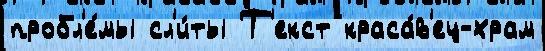
пробл'е́мы сл'и́ты Т'екст краса́в'ец-храм